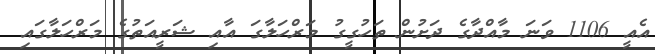
އެއީ 1106 ވަނަ މާއްދާގެ ދަށުން ތަހުގީގު މަރްހަލާގަ އާއި ޝަރީއަތުގެ މަރްހަލާގައި